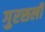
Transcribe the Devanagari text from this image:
गुरसली